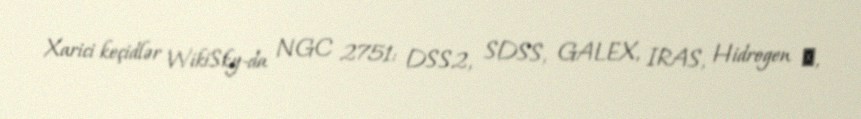
Xarici keçidlər WikiSky-da NGC 2751: DSS2, SDSS, GALEX, IRAS, Hidrogen α,